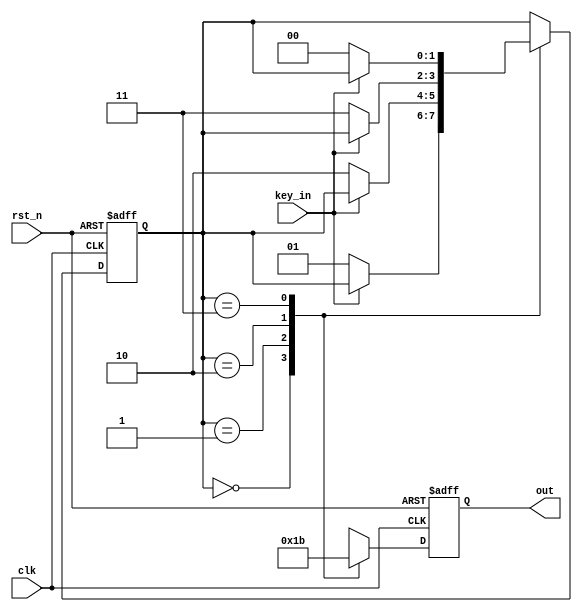
// This program was cloned from: https://github.com/michaelliao/learn-verilog
// License: GNU General Public License v3.0

// fsm

module fsm
(
    input clk,
    input rst_n,
    input key_in,
    output reg [1:0] out
);

    localparam
        S1 = 2'b00,
        S2 = 2'b01,
        S3 = 2'b10,
        S4 = 2'b11;

    // current state:
    reg [1:0] cs;

    always @ (posedge clk or negedge rst_n) begin
        if (! rst_n)
            cs <= S1;
        else begin
            case (cs)
                S1: begin
                    if (!key_in)
                        cs <= S2;
                end
                S2: begin
                    if (!key_in)
                        cs <= S3;
                end
                S3: begin
                    if (!key_in)
                        cs <= S4;
                end
                S4: begin
                    if (!key_in)
                        cs <= S1;
                end
                default: cs <= S1;
            endcase
        end
    end

    always @ (posedge clk or negedge rst_n) begin
        if (! rst_n)
            out <= S1;
        else
            case (cs)
                S1: out <= S1;
                S2: out <= S2;
                S3: out <= S3;
                S4: out <= S4;
                default: out <= S1;
            endcase
    end
endmodule